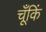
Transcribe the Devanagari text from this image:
चूँकिं